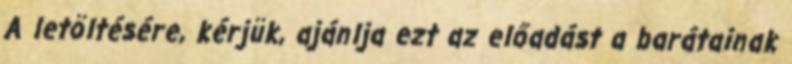
A letöltésére, kérjük, ajánlja ezt az előadást a barátainak